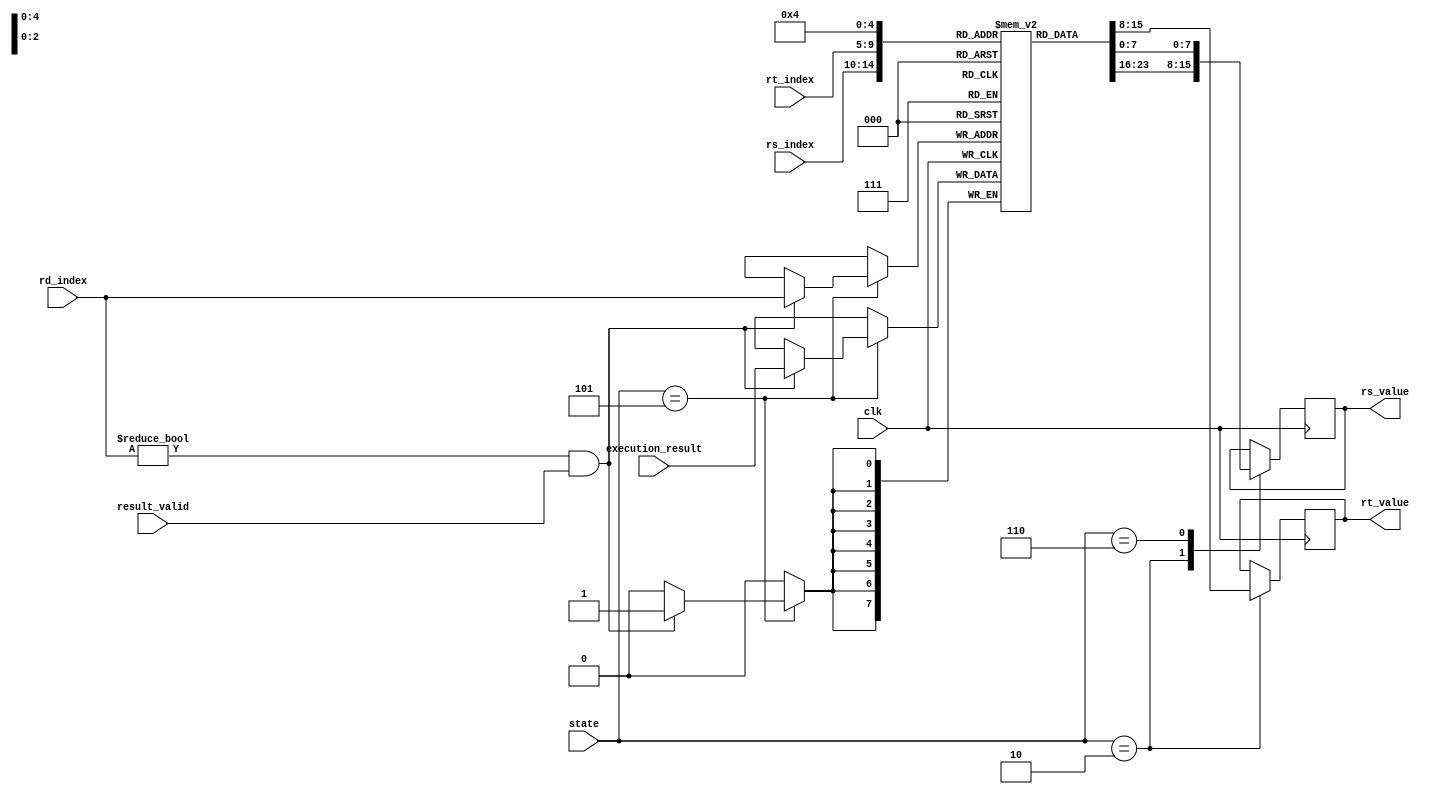
`timescale 1ns / 1ps

// States definition
`define STATE_IDLE    0
`define STATE_INSTR_DECODE  1
`define STATE_REG_FETCH     2
`define STATE_EXECUTE   3
`define STATE_MEM_ACCESS    4
`define STATE_WRITE_BACK    5
`define STATE_OUTPUT_RESULT 6

// Output register index
`define OUTPUT_REGISTER_INDEX 4

module register_file(
    input clk,
    input [2:0] state,
    input [4:0] rs_index,
    input [4:0] rt_index,
    input [4:0] rd_index,
    input [7:0] execution_result,
    input result_valid,
    output reg [7:0] rs_value,
    output reg [7:0] rt_value
    );

    reg [7:0] reg_array [31:0]; // 32 8-bit registers

    // Initialize all registers to zero
   initial begin
    reg_array[31] = 8'b0;
    reg_array[30] = 8'b0;
    reg_array[29] = 8'b0;
    reg_array[28] = 8'b0;
    reg_array[27] = 8'b0;
    reg_array[26] = 8'b0;
    reg_array[25] = 8'b0;
    reg_array[24] = 8'b0;
    reg_array[23] = 8'b0;
    reg_array[22] = 8'b0;
    reg_array[21] = 8'b0;
    reg_array[20] = 8'b0;
    reg_array[19] = 8'b0;
    reg_array[18] = 8'b0;
    reg_array[17] = 8'b0;
    reg_array[16] = 8'b0;
    reg_array[15] = 8'b0;
    reg_array[14] = 8'b0;
    reg_array[13] = 8'b0;
    reg_array[12] = 8'b0;
    reg_array[11] = 8'b0;
    reg_array[10] = 8'b0;
    reg_array[9] = 8'b0;
    reg_array[8] = 8'b0;
    reg_array[7] = 8'b0;
    reg_array[6] = 8'b0;
    reg_array[5] = 8'b0;
    reg_array[4] = 8'b0;
    reg_array[3] = 8'b0;
    reg_array[2] = 8'b0;
    reg_array[1] = 8'b0;
    reg_array[0] = 8'b0;
end


    always @ (posedge clk) begin
        case (state)
            `STATE_REG_FETCH: begin
                rs_value <= reg_array[rs_index];
                rt_value <= reg_array[rt_index];
            end
            `STATE_WRITE_BACK: begin
                if ((rd_index != 0) && result_valid) begin
                    reg_array[rd_index] <= execution_result;
                end
            end
            `STATE_OUTPUT_RESULT: begin
                rs_value <= reg_array[`OUTPUT_REGISTER_INDEX];
            end
        endcase
    end

endmodule